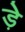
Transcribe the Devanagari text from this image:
ड़े